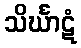
သိင်္ဃာဋံ